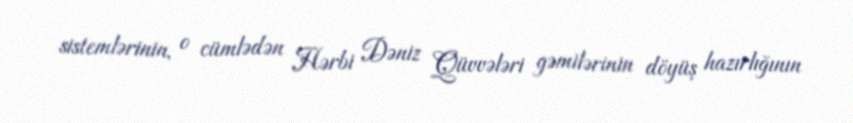
sistemlərinin, o cümlədən Hərbi Dəniz Qüvvələri gəmilərinin döyüş hazırlığının